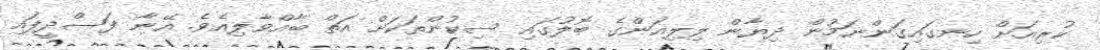
ކުރިއަށް ހިނގައިގަންނަމުން ދިޔާން ލިލިއަންގެ ބޮލުގައި ސިކުންތަަކަށް އަތް ބާއްވާލިއެވެ. އޭނާ ފަސްދީފައި